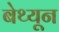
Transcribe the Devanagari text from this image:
बेथ्यून